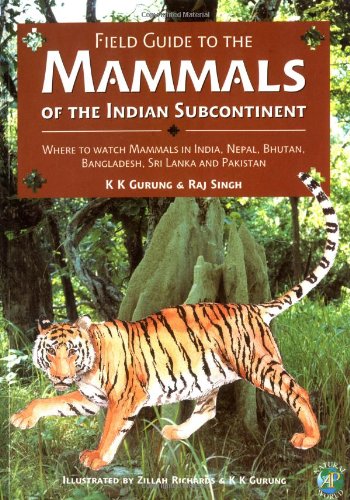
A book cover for Field Guide to the Mammals of the Indian Subcontinent: Where to Watch Mammals in India, Nepal, Bhutan, Bangladesh, Sri Lanka, and Pakistan (Natural World); K. K. Gurung; Travel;